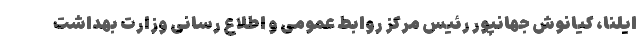
ایلنا، کیانوش جهانپور رئیس مرکز روابط عمومی و اطلاع رسانی وزارت بهداشت